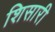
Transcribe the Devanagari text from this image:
शिसारी